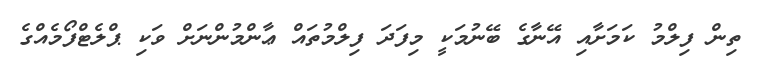
ތިން ފިލްމު ކަމަށާއި އޭނާގެ ބޭނުމަކީ މިފަދަ ފިލްމުތައް ޢާންމުންނަށް ވަކި ޕްލެޓްފޯމެއްގެ